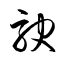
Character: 駛